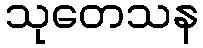
သုတေသန